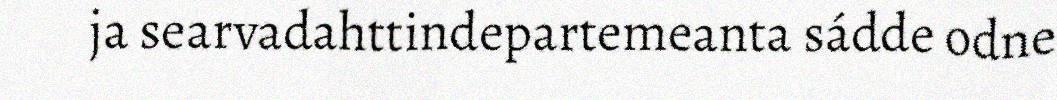
ja searvadahttindepartemeanta sádde odne